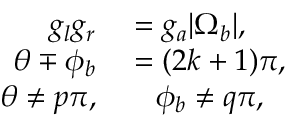
\begin{array} { r l } { g _ { l } g _ { r } } & { { } = g _ { a } | \Omega _ { b } | , } \\ { \theta \mp \phi _ { b } } & { { } = ( 2 k + 1 ) \pi , } \\ { \theta \neq p \pi , } & { { } \quad \phi _ { b } \neq q \pi , } \end{array}